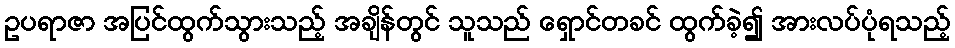
ဥပရာဇာ အပြင်ထွက်သွားသည့် အချိန်တွင် သူသည် ရှောင်တခင် ထွက်ခဲ့၍ အားလပ်ပုံရသည့်